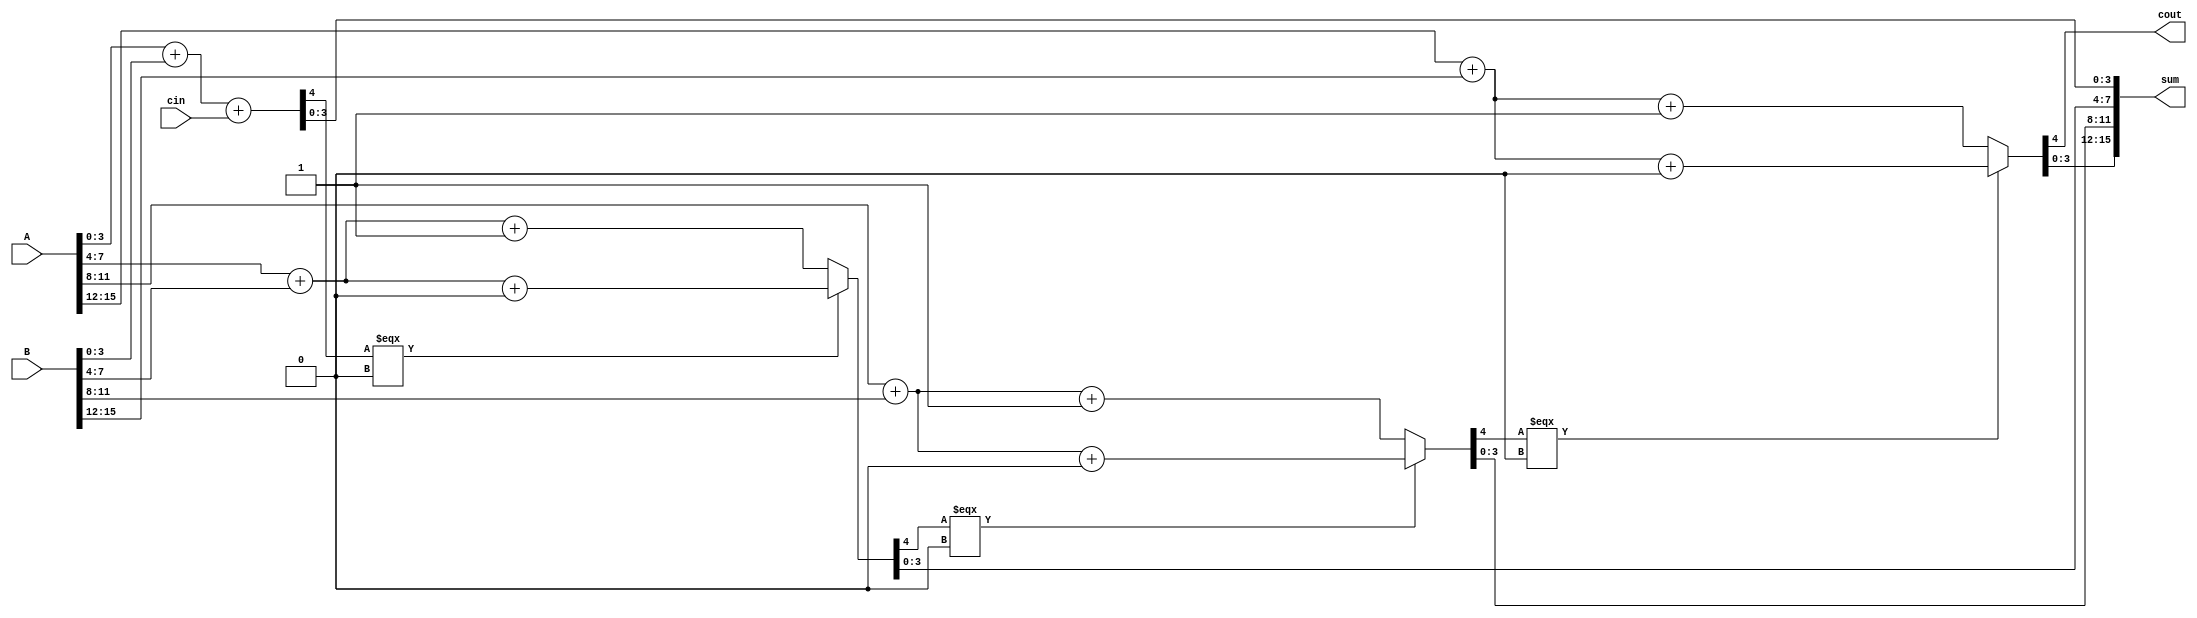
module csa(
input [15:0]A,
input [15:0]B,
input cin,
output reg cout,
output reg [15:0]sum
);
wire temp;
genvar  i;
//cout=0;
//assign{cout,sum[3:0]}=A[3:0]+B[3:0]+cin;

assign{temp,sum[3:0]}= A[3:0]+B[3:0]+cin;
//assign temp=cout;
assign{tem,sum[7:4]}=(temp===1'b0)?
A[7:4]+B[7:4]+1'b0 :  A[7:4]+B[7:4]+1'b1;
//assign temp=cout;
assign{te,sum[11:8]}=(tem===1'b0)?
A[11:8]+B[11:8]+1'b0 :  A[11:8]+B[11:8]+1'b1;
//assign temp=cout;
assign{cout,sum[15:12]}=(te===1'b0)?
A[15:12]+B[15:12]+1'b0 :  A[15:12]+B[15:12]+1'b1;

//assign cin=cout; 
//always @(A or B or cin)
  //begin 
//assign sum = A ^ B ^ cin; 
//assign cout = A&B | (A^B) & cin;
//end
//assign{sum,cin}= (A+B+0);//:(A[3:0]+B[3:0]+1);
//(cin===1'b0)?
// assign{sum[i+4:i],cout}=(A[i+4:i]+B[i+4:i]+1);
//=A[i+4:i]+B[i+4:i]+0;
//1:{sum[i+4:i],cout}=A[i+4:i]+B[i+4:i]+1
//end

endmodule